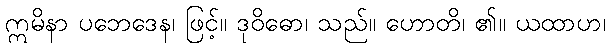
ဣမိနာ ပဘေဒေန၊ ဖြင့်။ ဒုဝိဓော၊ သည်။ ဟောတိ၊ ၏။ ယထာဟ၊